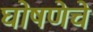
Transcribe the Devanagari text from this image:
घोषणेचे